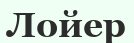
Лойер